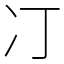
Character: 㓅